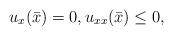
LaTeX: \begin{align*} u_x(\bar x)=0, u_{xx} (\bar x) \le 0, \end{align*}